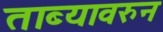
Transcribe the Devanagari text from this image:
ताब्यावरुन